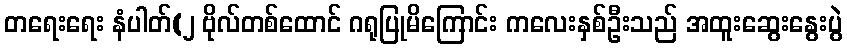
တရေးရေး နံပါတ်(၂ ဗိုလ်တစ်ထောင် ဂရုပြုမိကြောင်း ကလေးနှစ်ဦးသည် အထူးဆွေးနွေးပွဲ